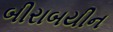
બીરાબયીન